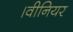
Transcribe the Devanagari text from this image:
।वीनियर